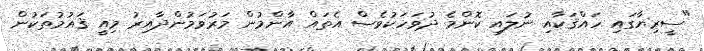
"ސީރިޔާގައި ހައްޤަކާއި ނުލައި ކޮންމެ ދުވަހަކުވެސް އެތައް އާންމުން މަރުވަމުންދާއިރު މިއީ ޤައުމުތަކުން